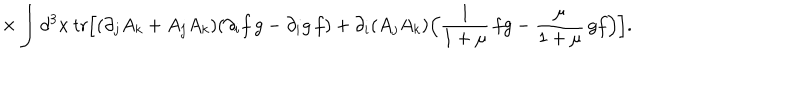
{ \times } \int { d ^ { 3 } x \: \mathrm { t r } \Bigl [ ( \partial _ { j } A _ { k } + A _ { j } A _ { k } ) ( \partial _ { i } f \, g - \partial _ { i } g \, f ) + \partial _ { i } ( A _ { j } A _ { k } ) \Bigl ( \frac { 1 } { 1 + \mu } \, f g - \frac { \mu } { 1 + \mu } \, g f \Bigr ) \Bigr ] } .